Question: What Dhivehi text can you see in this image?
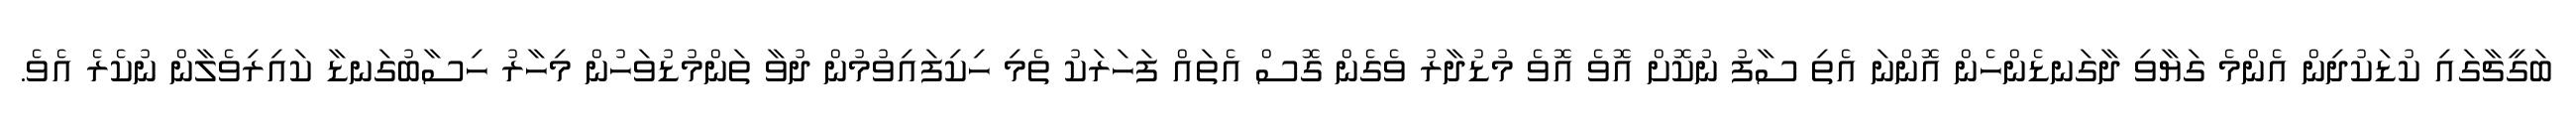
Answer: ބަގީޗާގައި ކުޑަކުދިން އެންމެ ގަޔާވި ދާގަނޑެންހެން އޮންނަ އެތި ސާފު ނުކޮށް އޮވެ އޮވެ މުޑުދާރު ވެގެން ގޮސް އެތައް ފަހަރަކު ތެމި ހިކިފައިވުމުން ދުވާ ތަންމުޑުވަހުން މިހާރު ހިސާބުގަނޑާ ކައިރިވެލާން ނުކެރެ އެވެ.